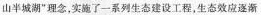
山半城湖”理念，实施了一系列生态建设工程，生态效应逐渐